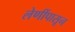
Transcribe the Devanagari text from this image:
लेणींपासून